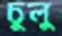
চুলু